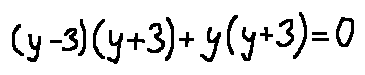
( y - 3 ) ( y + 3 ) + y ( y + 3 ) = 0